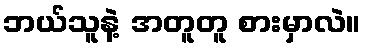
ဘယ်သူနဲ့ အတူတူ စားမှာလဲ။